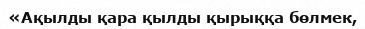
«Ақылды қара қылды қырыққа бөлмек,